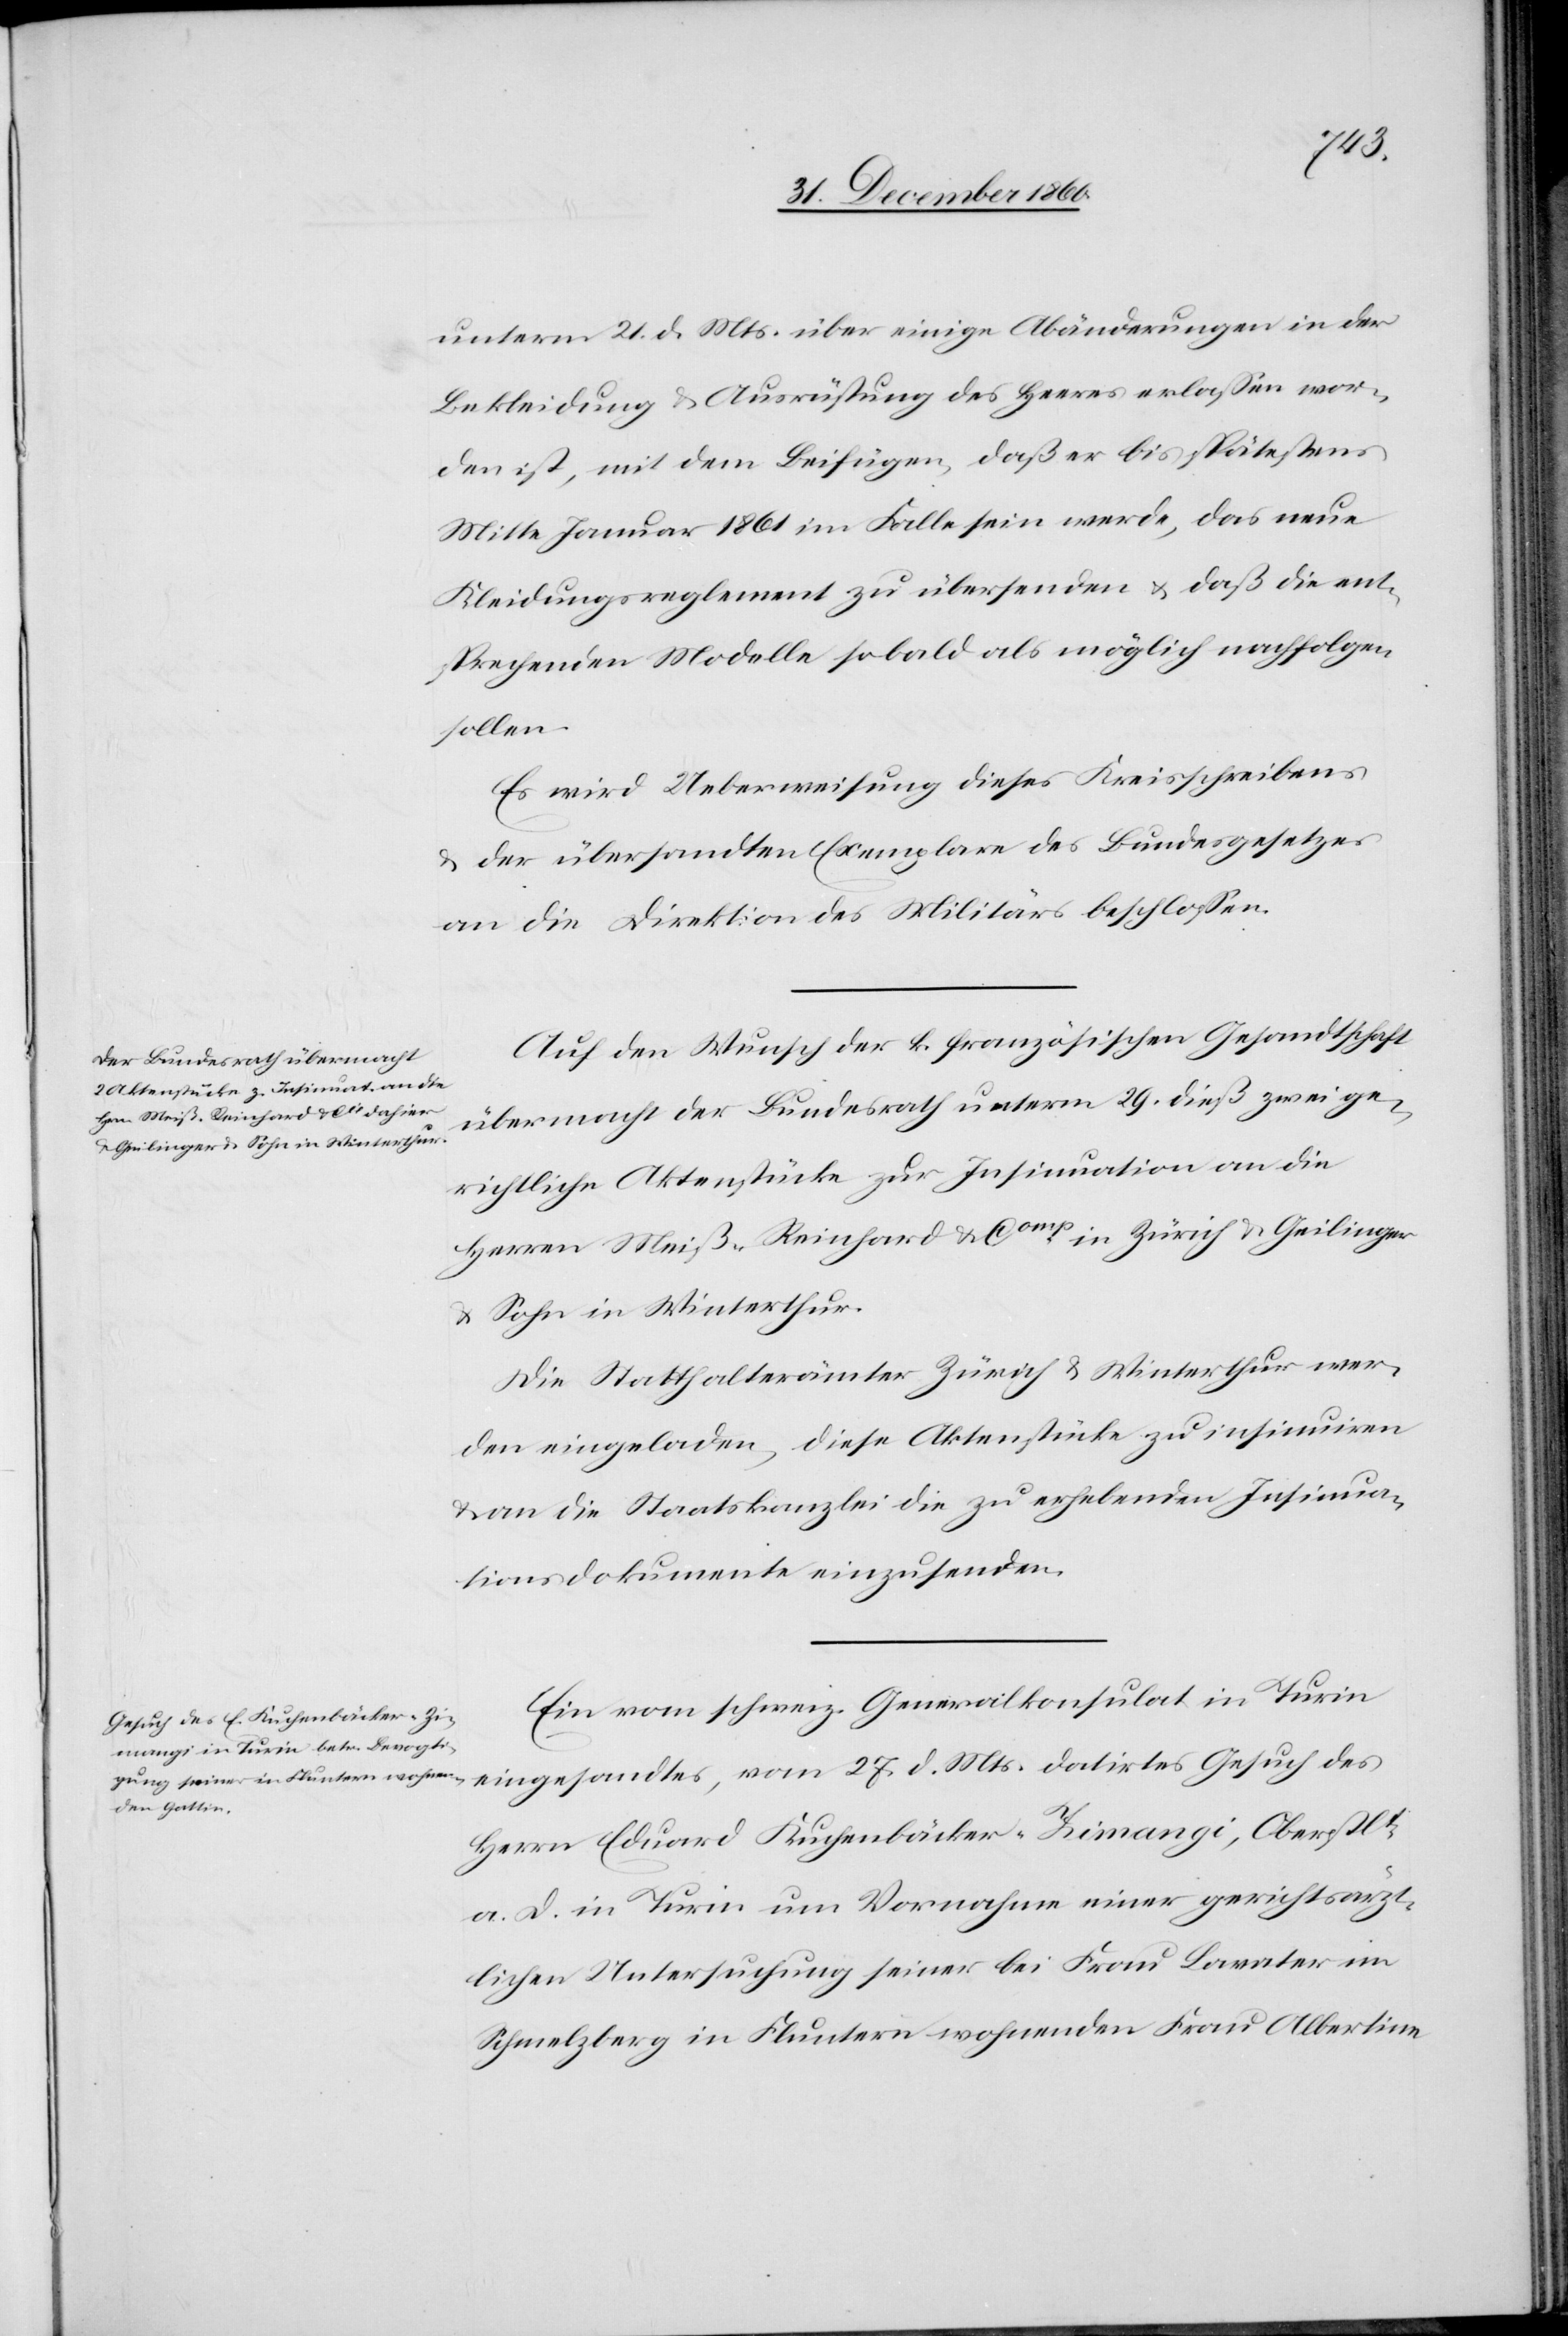
unterm 21. d. Mts. über einige Abänderungen in der
Bekleidung u. Ausrüstung des Heeres erlassen wor¬
den ist, mit dem Beifügen, daß er bis spätestens
Mitte Januar 1861 im Falle sein werde, das neue
Kleidungsreglement zu übersenden u. daß die ent¬
sprechenden Modelle sobald als möglich nachfolgen
sollen.
Es wird Ueberweisung dieses Kreisschreibens
u. der übersandten Exemplare des Bundesgesetzes
an die Direktion des Militärs beschlossen.
Auf den Wunsch der k. französischen Gesandtschaft
übermacht der Bundesrath unterm 29. dieß zwei ge¬
richtliche Aktenstücke zur Insinuation an die
Herren Meiß-Reinhard & Comp in Zürich u. Geilinger
& Sohn in Winterthur.
Die Statthalterämter Zürich u. Winterthur wer¬
den eingeladen, diese Aktenstücke zu insinuiren
u. an die Staatskanzlei die zu erhebenden Insinua¬
tionsdokumente einzusenden.
Ein vom schweiz. Generalkonsulat in Turin
eingesandtes, vom 27. d. Mts. datirtes Gesuch des
Herrn Eduard Kuchenbäcker-Zimangi, Oberstlt
a. D. in Turin um Vornahme einer gerichtsärzt¬
lichen Untersuchung seiner bei Frau Lavater im
Schmelzberg in Fluntern wohnenden Frau Albertine